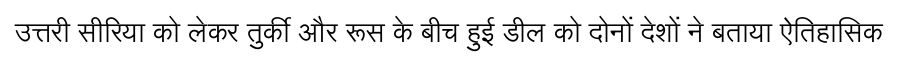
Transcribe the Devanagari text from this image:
उत्तरी सीरिया को लेकर तुर्की और रूस के बीच हुई डील को दोनों देशों ने बताया ऐतिहासिक